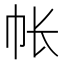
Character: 帐